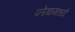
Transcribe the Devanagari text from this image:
प्लेगामध्ये